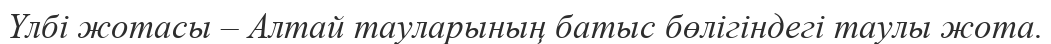
Үлбі жотасы – Алтай тауларының батыс бөлігіндегі таулы жота.